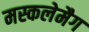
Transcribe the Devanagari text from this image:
मस्कलेमैग